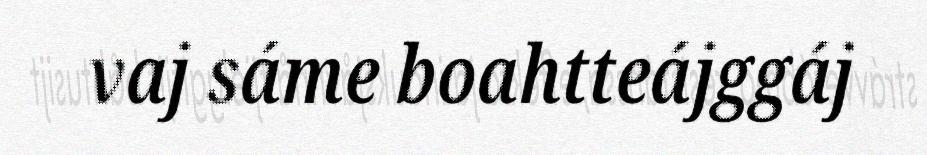
vaj sáme boahtteájggáj